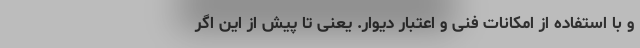
و با استفاده از امکانات فنی و اعتبار دیوار. یعنی تا پیش از این اگر